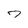
Character: 7